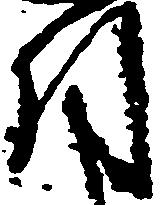
引